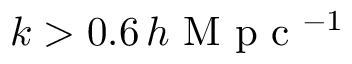
k > 0 . 6 \, h \textrm { M p c } { ^ { - 1 } }